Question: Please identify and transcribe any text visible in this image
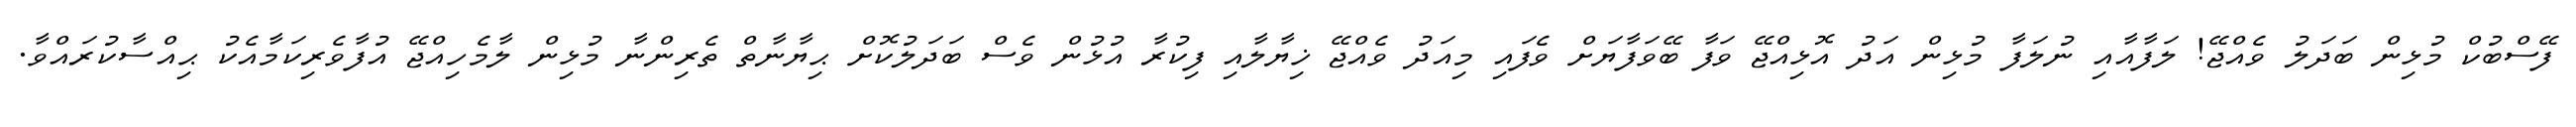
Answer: ފޭސްބުކް މުޅިން ބަދަލު ވެއްޖޭ! ލަފާއާއި ނުލަފާ މުޅިން އަދު އޮޅިއްޖޭ ވަފާ ބޭވަފާޔަށް ވެފައި މިއަދު ވެއްޖޭ ޚިޔާލާއި ފިކުރާ އުޅުން ވެސް ބަދަލުކޮށް ޙިޔާނާތް ތެރިންނާ މުޅިން ލާމެހިއްޖޭ އުފާވެރިކަމާއެކު ޙިއްސާކުރައްވާ.